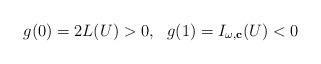
LaTeX: \begin{align*}g(0)=2L(U)>0,\ \ g(1)=I_{\omega,\mathbf{c}}(U)<0\end{align*}